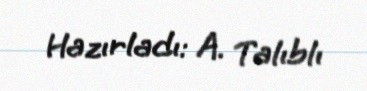
Hazırladı: A. Talıblı